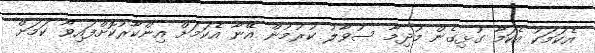
އެކަމަކު އެކަމާ ގުޅިގެން މުދިމާ ސުވާލު ކުރުމުން އޭނާ އެކަމަށް އިންކާރުކޮށްފައިވާ ކަމަށް